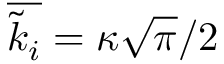
\overline { { \tilde { k } _ { i } } } = \kappa \sqrt { \pi } / 2